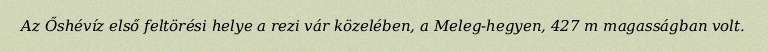
Az Őshévíz első feltörési helye a rezi vár közelében, a Meleg-hegyen, 427 m magasságban volt.